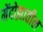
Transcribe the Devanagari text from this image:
मेंदोझातील